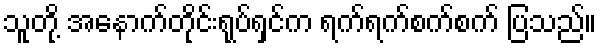
သူတို့ အနောက်တိုင်းရုပ်ရှင်က ရက်ရက်စက်စက် ပြသည်။